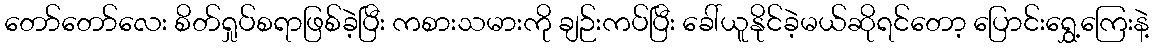
တော်တော်လေး စိတ်ရှုပ်စရာဖြစ်ခဲ့ပြီး ကစားသမားကို ချဉ်းကပ်ပြီး ခေါ်ယူနိုင်ခဲ့မယ်ဆိုရင်တော့ ပြောင်းရွှေ့ကြေးနဲ့